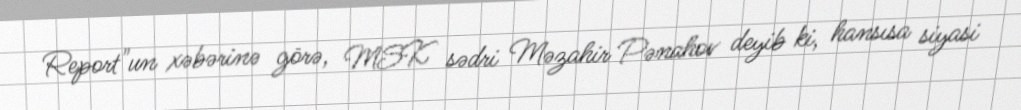
Report"un xəbərinə görə, MSK sədri Məzahir Pənahov deyib ki, hansısa siyasi